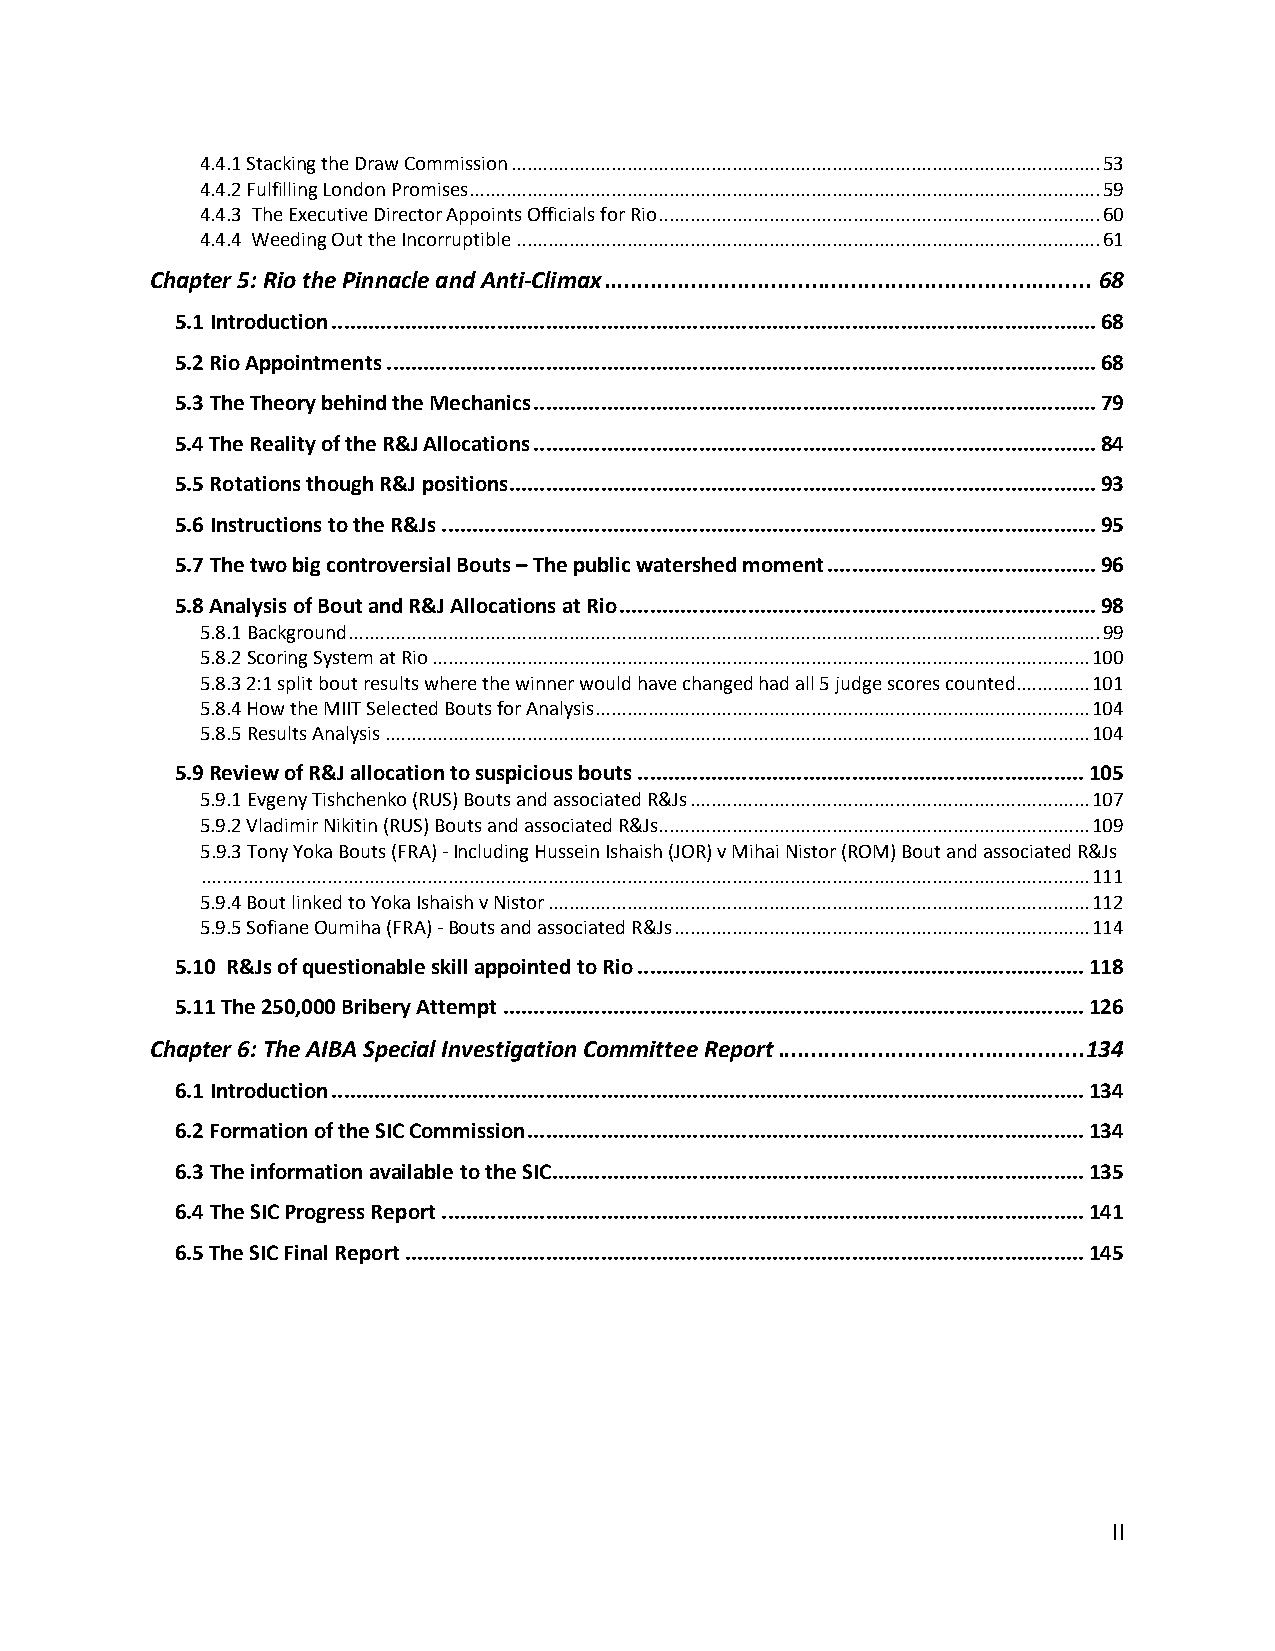
4.4.1 Stacking the Draw Commission ................................................................................................................ 53
 4.4.2 Fulfilling London Promises ........................................................................................................................ 59
 4.4.3 The Executive Director Appoints Officials for Rio .................................................................................... 60
 4.4.4 Weeding Out the Incorruptible ............................................................................................................... 61
 Chapter 5: Rio the Pinnacle and Anti-Climax ......................................................................... 68
 5.1 Introduction ............................................................................................................................. 68
 5.2 Rio Appointments .................................................................................................................... 68
 5.3 The Theory behind the Mechanics ............................................................................................ 79
 5.4 The Reality of the R&J Allocations ............................................................................................ 84
 5.5 Rotations though R&J positions ................................................................................................ 93
 5.6 Instructions to the R&Js ........................................................................................................... 95
 5.7 The two big controversial Bouts – The public watershed moment ............................................ 96
 5.8 Analysis of Bout and R&J Allocations at Rio .............................................................................. 98
 5.8.1 Background ............................................................................................................................................... 99
 5.8.2 Scoring System at Rio ............................................................................................................................. 100
 5.8.3 2:1 split bout results where the winner would have changed had all 5 judge scores counted .............. 101
 5.8.4 How the MIIT Selected Bouts for Analysis .............................................................................................. 104
 5.8.5 Results Analysis ...................................................................................................................................... 104
 5.9 Review of R&J allocation to suspicious bouts ......................................................................... 105
 5.9.1 Evgeny Tishchenko (RUS) Bouts and associated R&Js ............................................................................ 107
 5.9.2 Vladimir Nikitin (RUS) Bouts and associated R&Js .................................................................................. 109
 5.9.3 Tony Yoka Bouts (FRA) - Including Hussein Ishaish (JOR) v Mihai Nistor (ROM) Bout and associated R&Js
 ......................................................................................................................................................................... 111
 5.9.4 Bout linked to Yoka Ishaish v Nistor ....................................................................................................... 112
 5.9.5 Sofiane Oumiha (FRA) - Bouts and associated R&Js ............................................................................... 114
 5.10 R&Js of questionable skill appointed to Rio ......................................................................... 118
 5.11 The 250,000 Bribery Attempt ............................................................................................... 126
 Chapter 6: The AIBA Special Investigation Committee Report .............................................. 134
 6.1 Introduction ........................................................................................................................... 134
 6.2 Formation of the SIC Commission ........................................................................................... 134
 6.3 The information available to the SIC ....................................................................................... 135
 6.4 The SIC Progress Report ......................................................................................................... 141
 6.5 The SIC Final Report ............................................................................................................... 145
 II